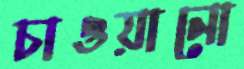
চাওয়ানো